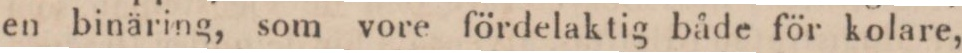
en binäring, som vore fördelaktig både för kolare,